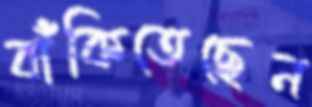
বাঁকিতেছেন